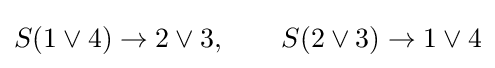
S(1\lor 4)\to 2\lor 3,\qquad S(2\lor 3)\to 1\lor 4